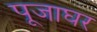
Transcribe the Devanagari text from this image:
पूजाघर